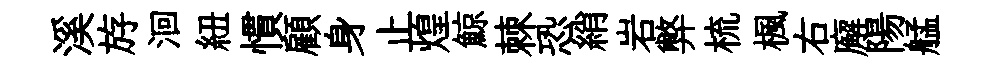
溪斿洄紐慣顧身止煌鯨棘恐綃岩弊梳楓右廨陽艋